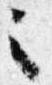
之